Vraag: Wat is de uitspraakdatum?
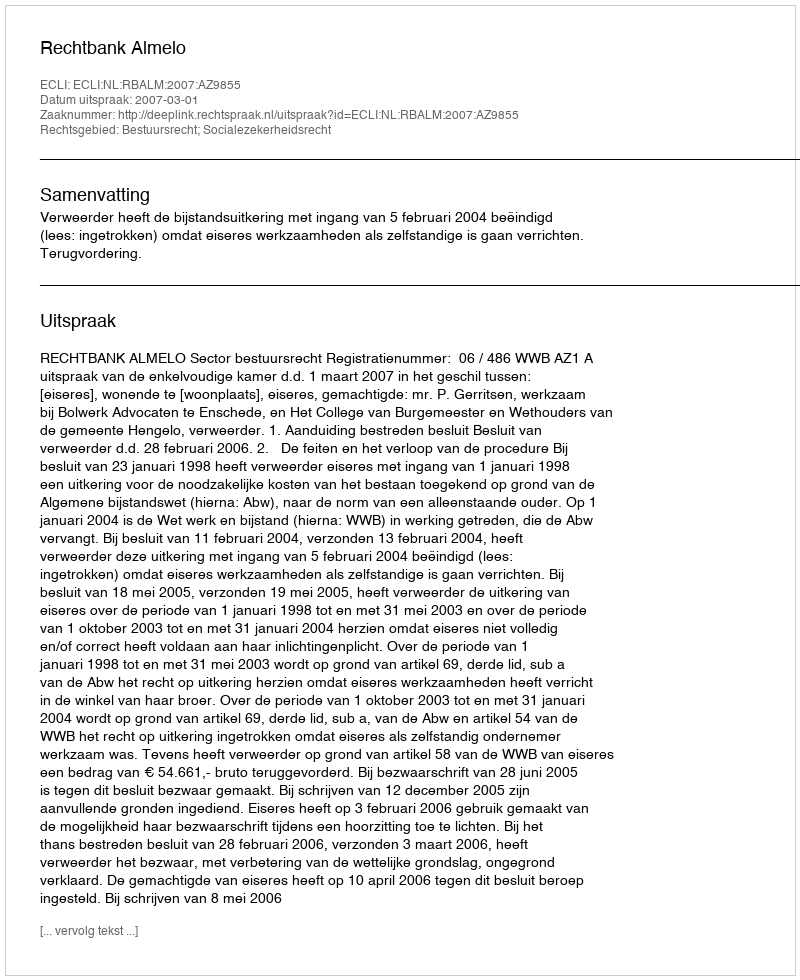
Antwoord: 2007-03-01